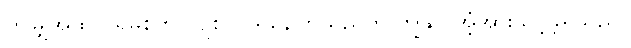
ဤမျှအထိ ဂရုမစိုက် လျစ်လျူရွနေကြသည်ကို ကျွန်ုပ် အံ့အားသင့်ခဲ့ရသည်။